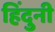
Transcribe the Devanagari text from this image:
हिंदुनी